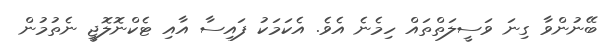
ބޭނުންވާ ގިނަ ވަސީލަތްތައް ހިމެނެ އެވެ. އެކަމަކު ފައިސާ އާއި ޓެކްނޮލޮޖީ ނެތުމުން